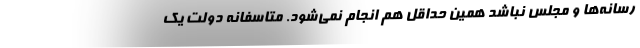
رسانه‌ها و مجلس نباشد همین حداقل هم انجام نمی‌شود. متاسفانه دولت یک